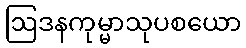
ဩဒနကုမ္မာသုပစယော